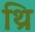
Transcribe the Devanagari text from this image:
थ्रि